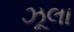
ઝૂલા